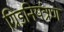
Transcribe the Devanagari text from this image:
ग्रिडनियंत्रण